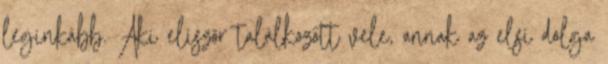
leginkább. Aki elıször találkozott vele, annak az elsı dolga